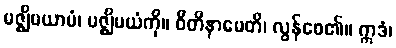
မဇ္ဈိမယာမံ၊ မဇ္ဈိမယံကို။ ဝိတိနာမေတိ၊ လွန်စေ၏။ ဣဒံ၊